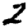
Digit: 2